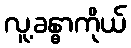
လူ့ခန္ဓာကိုယ်